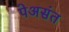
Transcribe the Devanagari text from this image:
पेअसंत